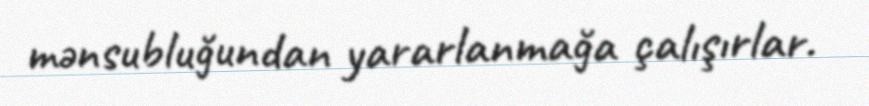
mənsubluğundan yararlanmağa çalışırlar.